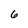
Character: 6